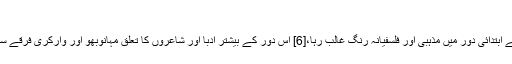
[5]
مراٹھی ادب کے ابتدائی دور میں مذہبی اور فلسفیانہ رنگ غالب رہا،[6] اس دور کے بیشتر ادبا اور شاعروں کا تعلق مہانوبھو اور وارکری فرقے سے نظر آتا ہے۔